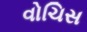
વોચિસ